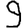
Digit: 9